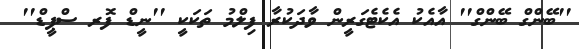
''ބޭންގް ބޭންގް'' އާއެކު އެކެޓެގަރީން ވާދަކުރާ ފިލްމު ތަކަކީ ''ނީޑް ފޮރ ސްޕީޑް''